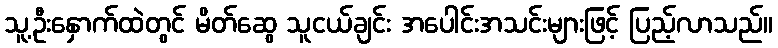
သူ့ဦးနှောက်ထဲတွင် မိတ်ဆွေ သူငယ်ချင်း အပေါင်းအသင်းများဖြင့် ပြည့်လာသည်။